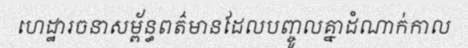
ហេដ្ឋារចនាសម្ព័ន្ធពត៌មានដែលបញ្ចូលគ្នាដំណាក់កាល